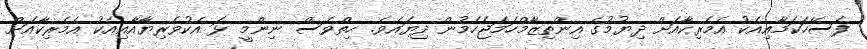
ފަސޭހަކަމާއިއެކު އެމެރިކާއަށް ދިޔުމުގެ އިންތިޒާމްހަމަޖެހެމުން ދިޔައެވެ. ހިތްވެސް ނިންމީ ޅަ އެކުވެރިޔާއާއިއެކު އެމެރިކާއަށް